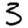
Digit: 3